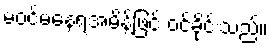
မဝင်မနေရအမိန့်ဖြင့် ဝင်ခိုင်းသည်။